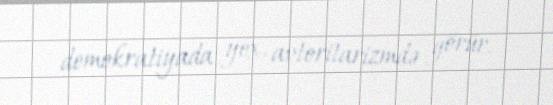
demokratiyada yox, avtoritarizmdə görür.